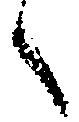
々